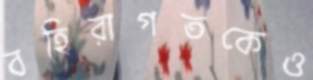
বহিরাগতকেও